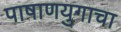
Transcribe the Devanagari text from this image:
पाषाणयुगाचा